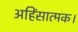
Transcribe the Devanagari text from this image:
अहिंसात्मक।